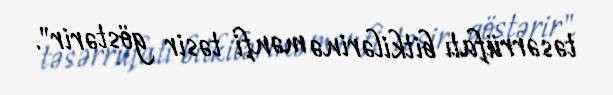
təsərrüfatı bitkilərinə mənfi təsir göstərir".